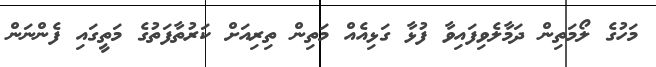
މަހުގެ ލޯމަތިން ދަމާލެވިފައިވާ ފުޅާ ގަޅިއެއް މަތިން ތިރިއަށް ކަރުތާފަތުގެ މަތީގައި ފެންނަން